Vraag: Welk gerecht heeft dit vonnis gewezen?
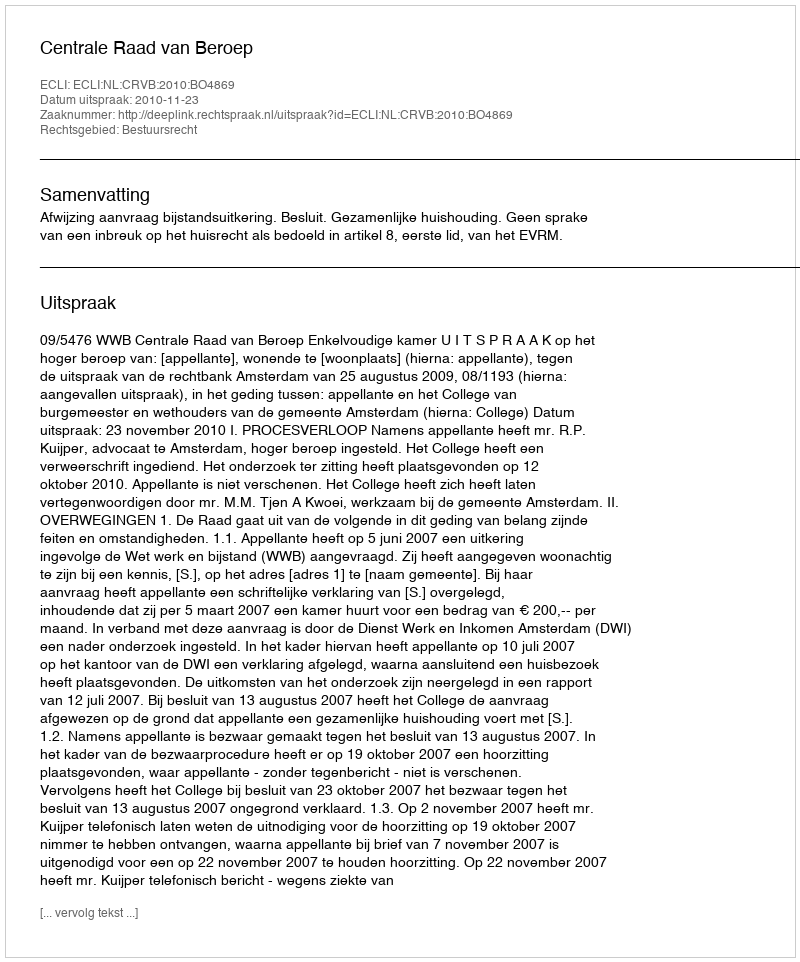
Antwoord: Centrale Raad van Beroep